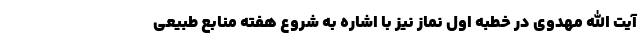
آیت الله مهدوی در خطبه اول نماز نیز با اشاره به شروع هفته منابع طبیعی